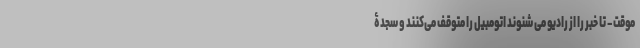
موقت – تا خبر را از رادیو می شنوند اتومبیل را متوقف می‌کنند و سجدۀ